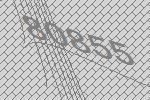
80855